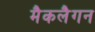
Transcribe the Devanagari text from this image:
मैकलैगन